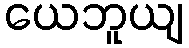
ယေဘူယျ